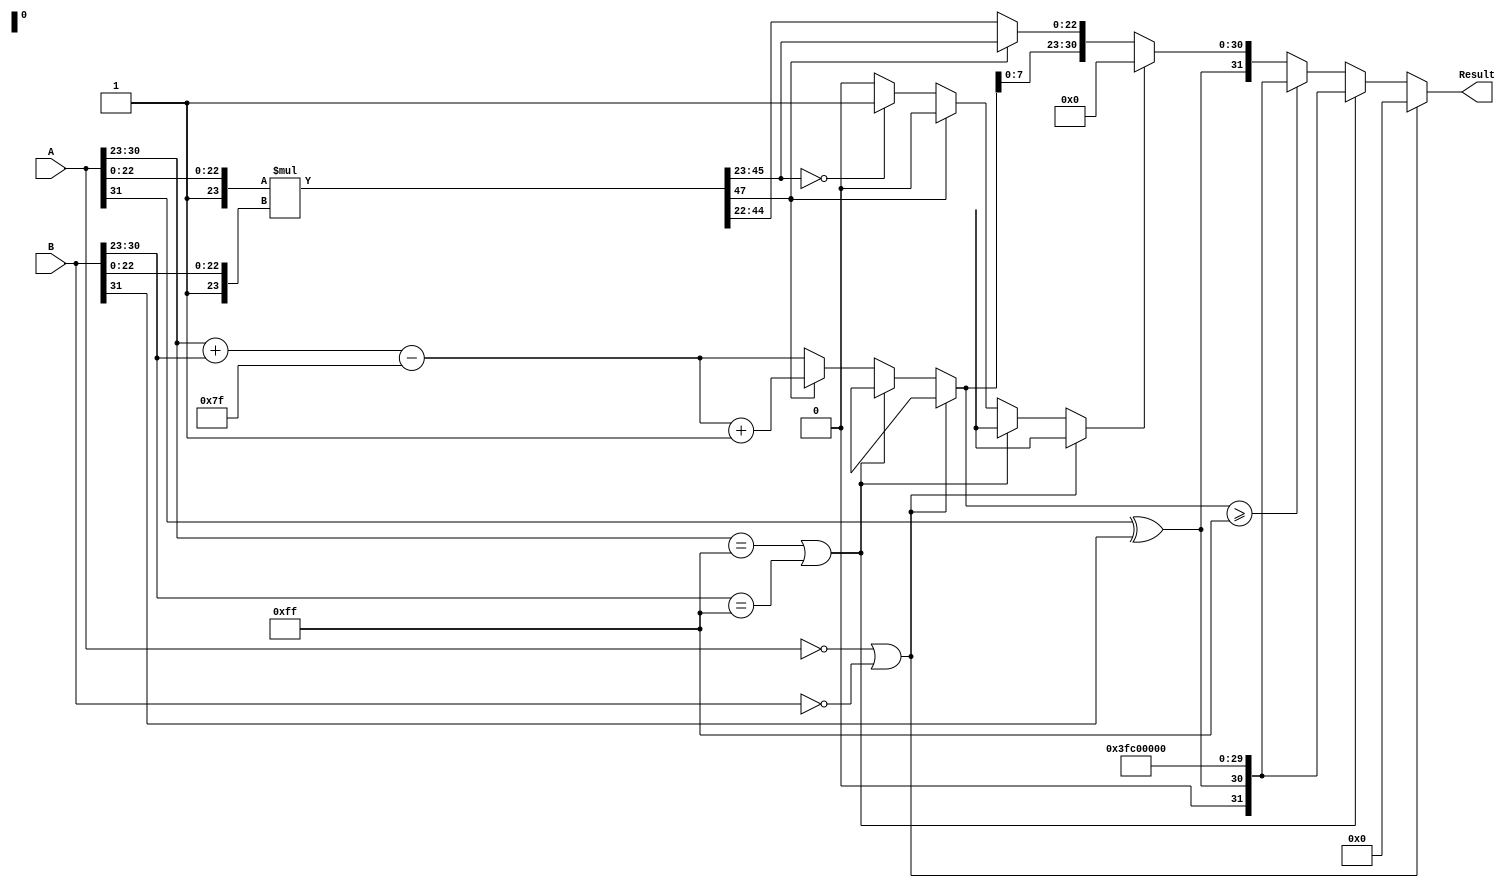
module floating_point_multiplier (
    input  wire [31:0] A, // First floating-point operand
    input  wire [31:0] B, // Second floating-point operand
    output reg  [31:0] Result // Resultant floating-point product
);

    // Constants
    localparam BIAS = 8'd127;
    localparam EXPONENT_MAX = 8'd255;

    // Internal signals
    wire S1 = A[31];
    wire S2 = B[31];
    wire [7:0] E1 = A[30:23];
    wire [7:0] E2 = B[30:23];
    wire [22:0] M1 = A[22:0];
    wire [22:0] M2 = B[22:0];

    // Extended significands with implicit leading 1
    wire [23:0] M1_ext = {1'b1, M1}; // 1.M1
    wire [23:0] M2_ext = {1'b1, M2}; // 1.M2

    // Sign calculation
    wire S = S1 ^ S2;

    // Exponent calculation
    wire [8:0] E_sum = E1 + E2; // Sum of exponents
    wire [8:0] E = E_sum - BIAS; // Adjusted exponent

    // Significand multiplication
    wire [47:0] M_product = M1_ext * M2_ext; // 24 bits * 24 bits = 48 bits

    // Normalization
    reg [23:0] M_final;
    reg [8:0] E_final;
    reg overflow, underflow;

    always @(*) begin
        // Default values
        M_final = 24'b0;
        E_final = 9'b0;
        overflow = 1'b0;
        underflow = 1'b0;

        // Check for zero inputs
        if (A == 32'b0 || B == 32'b0) begin
            Result = 32'b0; // If either input is zero, result is zero
        end else if (E1 == EXPONENT_MAX || E2 == EXPONENT_MAX) begin
            // Check for NaN or Infinity
            Result = {S, EXPONENT_MAX, 22'b0}; // Result is NaN or Infinity
        end else begin
            // Normalization process
            if (M_product[47]) begin
                // If the product has a leading 1 (normalized)
                M_final = M_product[46:23]; // Keep the 24 bits
                E_final = E + 1; // Increment exponent
            end else begin
                // If the product is less than 1 (denormalized)
                M_final = M_product[45:22]; // Shift right
                E_final = E; // Keep exponent
                // Check for underflow
                if (M_product[45:23] == 23'b0) begin
                    underflow = 1'b1;
                end
            end

            // Check for overflow
            if (E_final >= 9'd255) begin
                overflow = 1'b1;
                Result = {S, EXPONENT_MAX, 22'b0}; // Set to Infinity
            end else if (underflow) begin
                Result = {S, 8'b0, 23'b0}; // Set to zero
            end else begin
                // Assemble the final result
                Result = {S, E_final[7:0], M_final[22:0]};
            end
        end
    end

endmodule